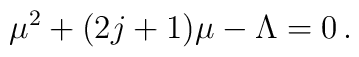
\mu^2+(2j+1)\mu-\Lambda=0\,.